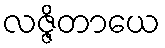
လဇ္ဇိတာယေ